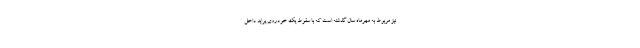
نیز مربوط به مهرماه سال گذشته است که با سقوط یک خودروی پراید داخل